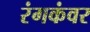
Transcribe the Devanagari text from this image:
रंगकंवर